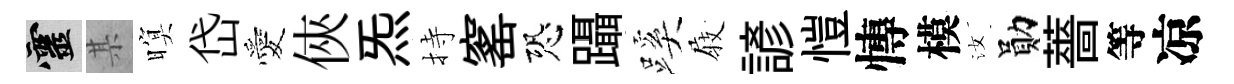
靈某暝岱愛俠炁持窰恐躡蹊𡲆諺愷慱模汝勛薔等凉